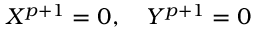
X ^ { p + 1 } = 0 , \quad Y ^ { p + 1 } = 0